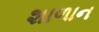
શાળાન